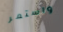
واستمر